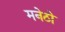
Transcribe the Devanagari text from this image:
मनेठो